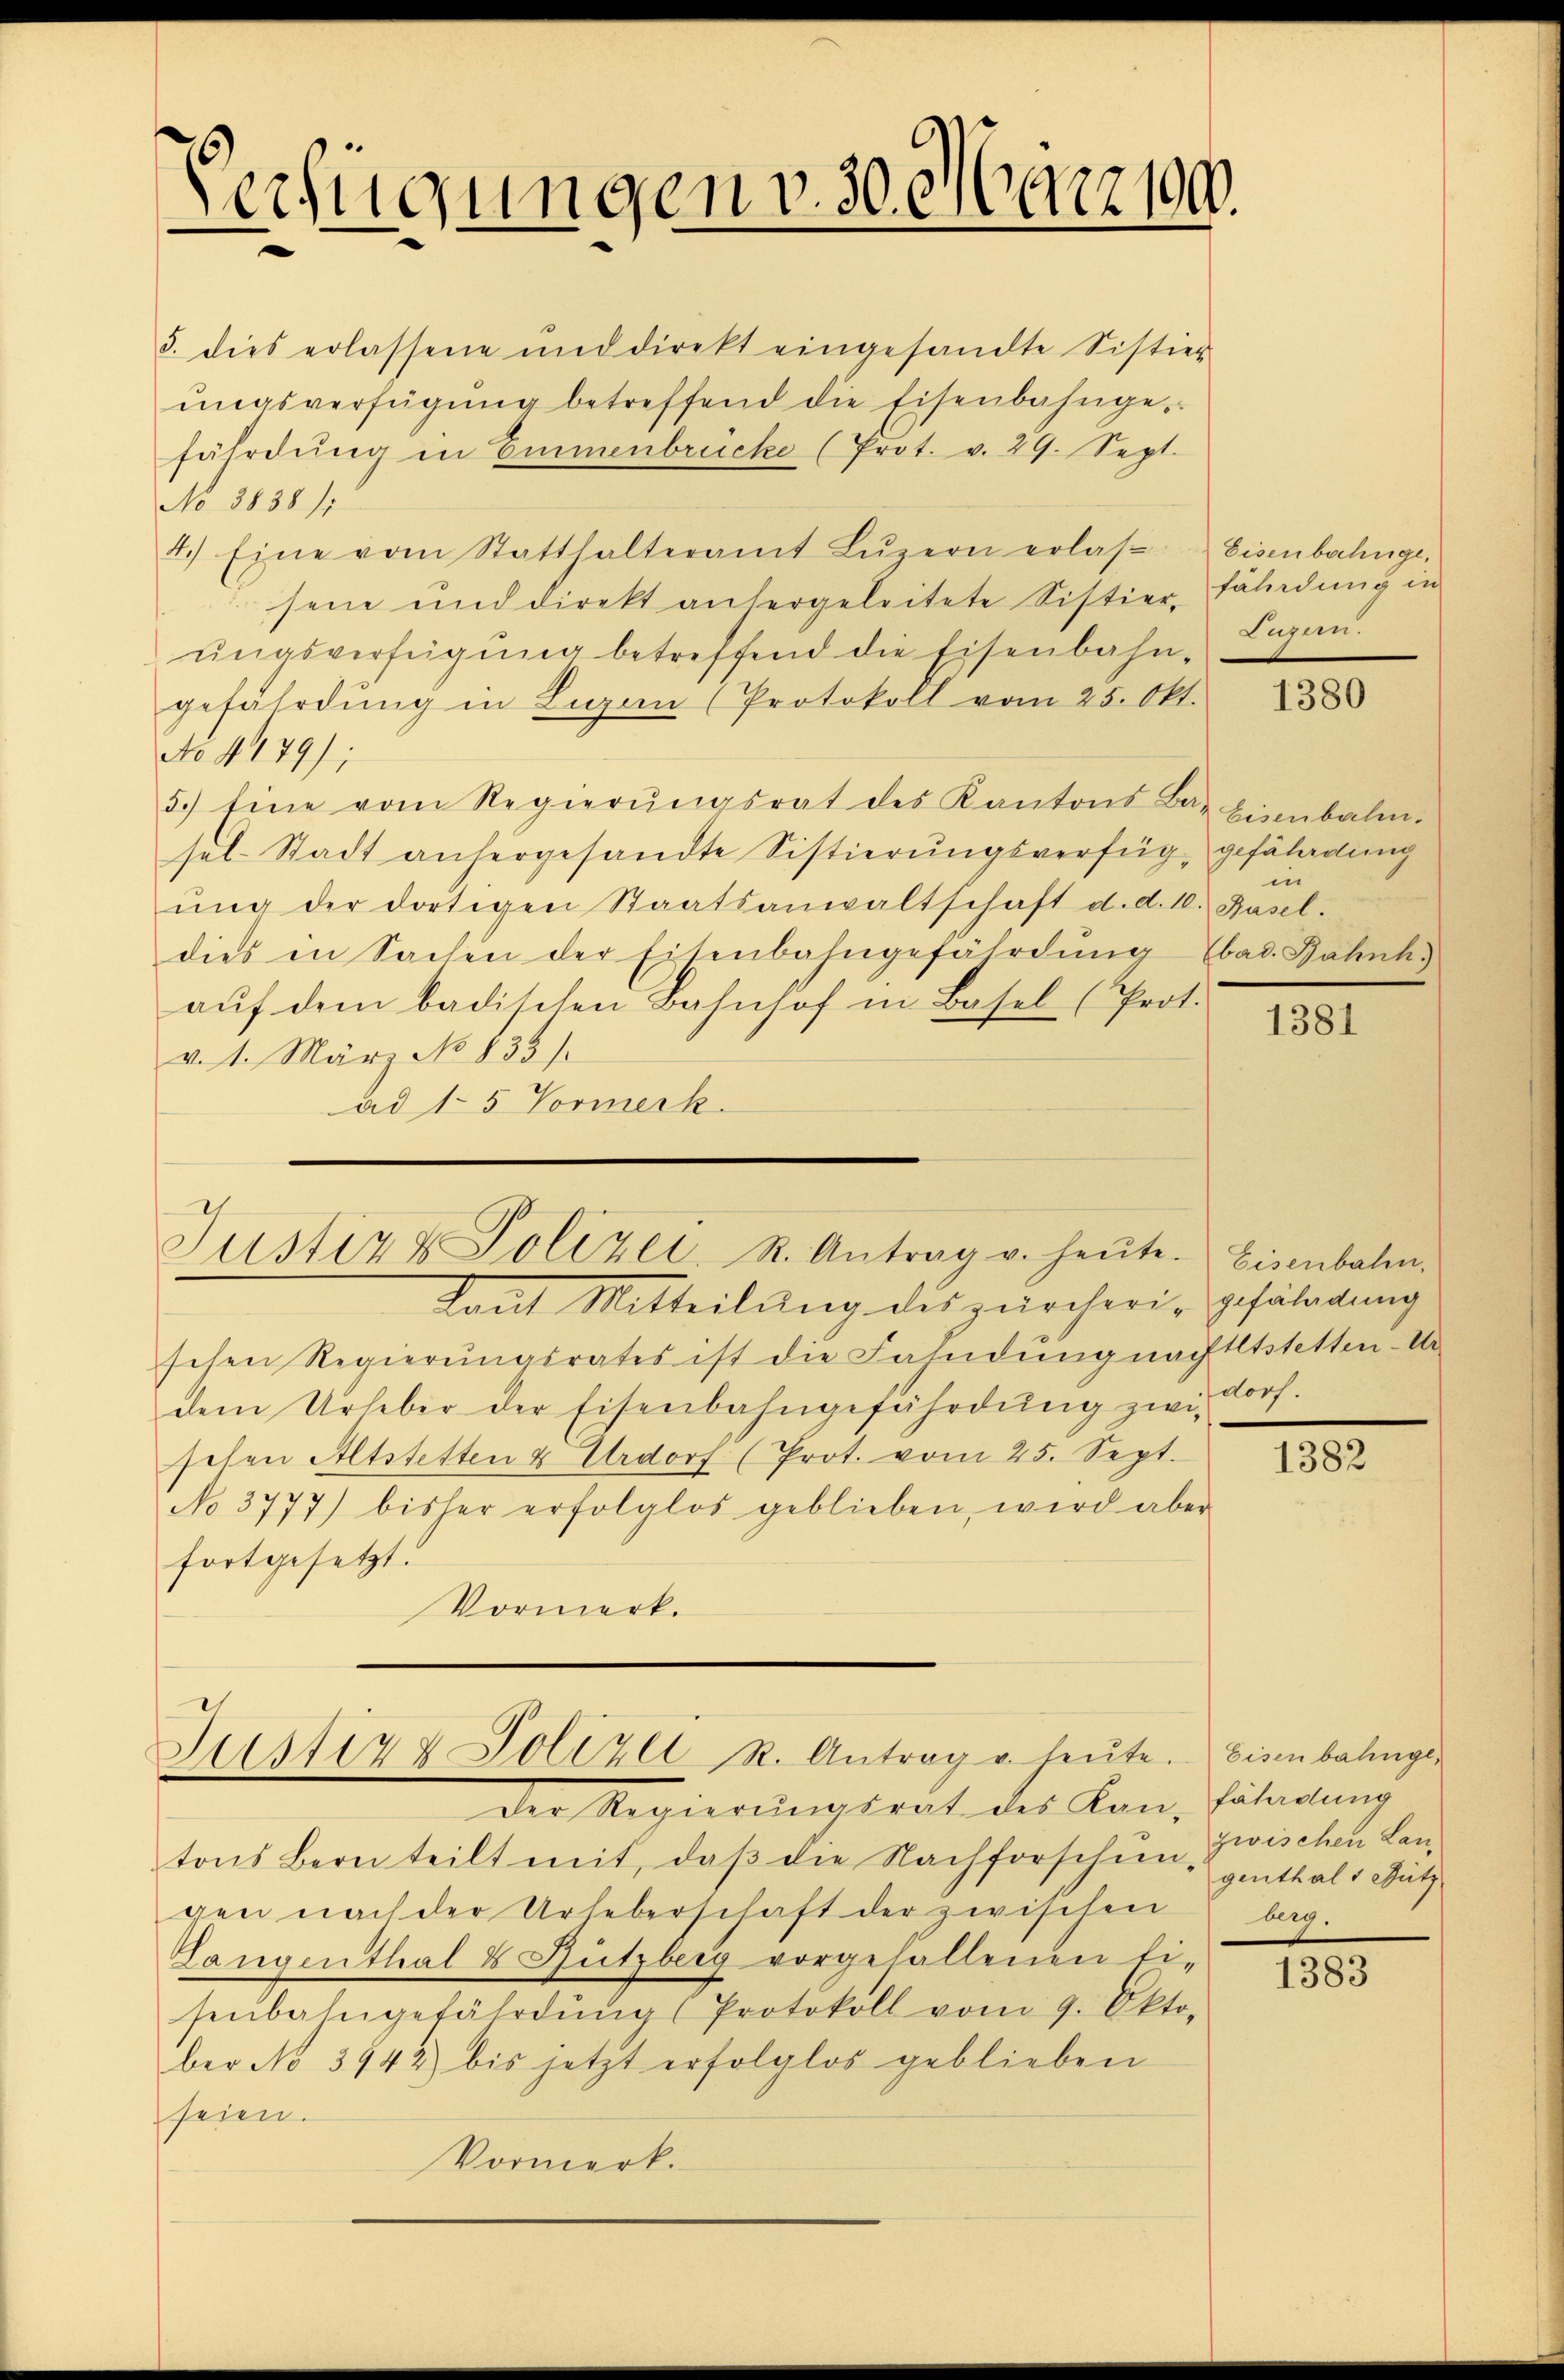
Verfügungen v. 30. März 190.

5. dies erlassene und direkt eingesandte Sistier
ŭngsverfügŭng betreffend die Eisenbahngefährdŭng in Emmenbrücke (Prot. v. 29. Sept.
No 3838/1
4.) Eine vom Statthalteramt Lŭzern erlas-Eisenbahnge,
sene und direkt anhergeleitete Sistierfährdung in
ŭngsverfügŭng betreffend die Eisenbahn-
gefährdung in Ligen (Protokoll vom 25. Okt.
No 4479);
5.) Eine vom Regierŭngsrat des Kantons Bar hinnbalm-
sel-Stadt anhergesandte Sistierungsverfüg, gefäladung
ŭng der dortigen Staatsanwaltschaft d. d. 10. Basel.
dies in Sachen der Eisenbahngefährdŭng bad. Bahnh
aŭf dem badischen Bahnhof in Basel (Prot.
v. 1. März No 835.
ad 15 Vormerk

h
Justiz & Polizei, St. Antrag v. heŭte. Eisenbahn.

Laut Mitteilung des zürcheri-Gefährdung
schen Regierŭngsrates ist die Fahndŭng nachtltstetten-Ur-
dem Urheber der Eisenbahngefährdŭng zwi-
sehen Altstetten & Urdorf (Prot. vom 25. Sept.
No 3777) bisher erfolglos geblieben, wird aber
fortgesetzt.
Vormerk.

Jus1174 Polizei R. Antrag u. heŭte.
der Regierungsrat des Kon, Fahndung

tons Bern teilt mit, daβ die Nachforscheingenthals Bütz
gen nach der Urheberschaft der zwischen
Langenthal & Rützberg vorgefallenen Ei-
senbahngefährdŭng (Protokoll vom 9. Okto-
ber No 3942) bis jetzt erfolglos geblieben
seien.
Vormerk.

Eugen.

1380

in

1381

dorf.

1382

Eisenbahnge
zwischen Lanbg.

1383